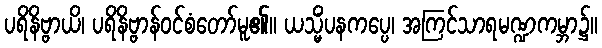
ပရိနိဗ္ဗာယိ၊ ပရိနိဗ္ဗာန်ဝင်စံတော်မူ၏။ ယသ္မိံပနကပ္ပေ၊ အကြင်သာရမဏ္ဍကမ္ဘာ၌။